Leaving Certificate Examination, 1922
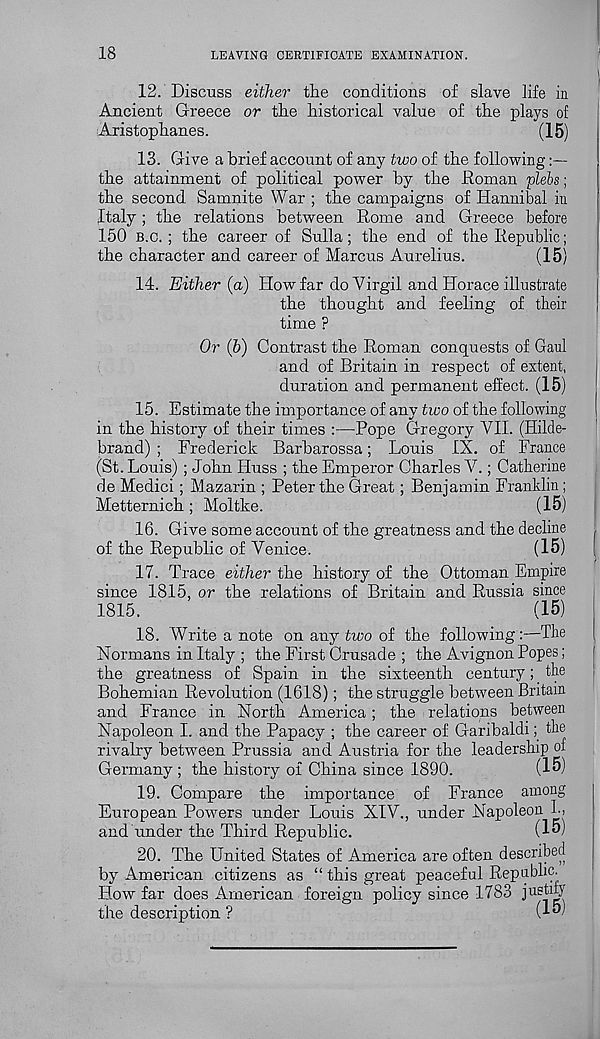
18
LEAVING CERTIFICATE EXAMINATION.
12. Discuss either the conditions of slave life in
Ancient Greece or the historical value of the plays of
Aristophanes.
(15)
13. Give a brief account of any two of the following
the attainment of political power by the Roman 'plebs;
the second Samnite War ; the campaigns of Hannibal in
Italy; the relations between Rome and Greece before
150 B.C. ; the career of Sulla; the end of the Republic;
the character and career of Marcus Aurelius.
(15)
14. Either (a) How far do Virgil and Horace illustrate
the thought and feeling of their
time ?
Or (b) Contrast the Roman conquests of Gaul
and of Britain in respect of extent,
duration and permanent effect. (15)
15. Estimate the importance of any tiro of the following
I
in the history of their times :—Pope Gregory VII. (Hilde-
brand) ; Frederick Barbarossa; Louis IX. of France
(St. Louis) ; John Huss ; the Emperor Charles V.; Catherine
de Medici ; Mazarin ; Peter the Great; Benjamin Franklin;
Metternich ; Moltke.
(15)
16. Give some account of the greatness and the decline
,
of the Republic of Venice.
(15)
(
17. Trace either the history of the Ottoman Empire
since 1815, or the relations of Britain and Russia since
1815.
(15)
18. Write a note on any two of the following:—The
Normans in Italy ; the First Crusade ; the Avignon Popes;
the greatness of Spain in the sixteenth century;. the
Bohemian Revolution (1618); the struggle between Britain
and France in North America; the relations between
Napoleon I. and the Papacy ; the career of Garibaldi; the
rivalry betwmen Prussia and Austria for the leadership of
Germany; the history of China since 1890.
(15)
19. Compare the importance of France among
European Powers under Louis XIV., under Napoleon h,
and under the Third Republic.
(15)
20. The United States of America are often described
by American citizens as “ this great peaceful Republic.
How far does American foreign policy since 1783 justify
the description ?
(15)